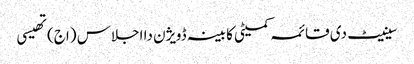
سینیٹ دی قائمہ کمیٹی کابینہ ڈویژن دا اجلاس (اج) تھیسی